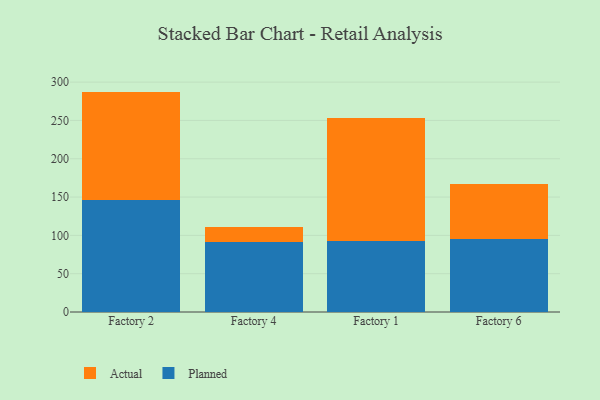
{"axis": {"x": "Factory", "y": "Backlog"}, "legend": ["Actual", "Planned"], "data": [{"x": "Factory 2", "y": 146.3, "type": "Planned"}, {"x": "Factory 2", "y": 141.3, "type": "Actual"}, {"x": "Factory 4", "y": 91.6, "type": "Planned"}, {"x": "Factory 4", "y": 18.9, "type": "Actual"}, {"x": "Factory 1", "y": 93.1, "type": "Planned"}, {"x": "Factory 1", "y": 160.3, "type": "Actual"}, {"x": "Factory 6", "y": 95.8, "type": "Planned"}, {"x": "Factory 6", "y": 70.8, "type": "Actual"}]}